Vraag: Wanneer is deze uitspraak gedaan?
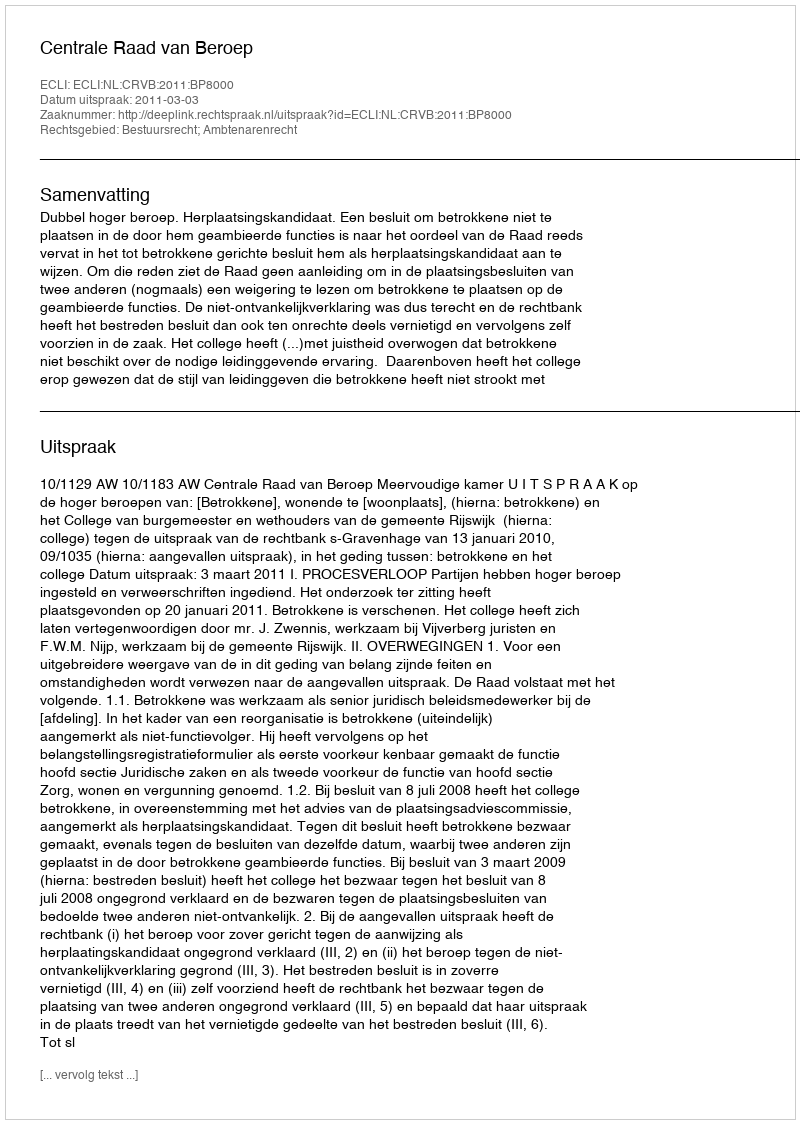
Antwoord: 2011-03-03